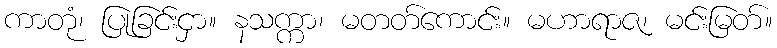
ကာတုံ၊ ပြုခြင်းငှာ။ နသက္ကာ၊ မတတ်ကောင်း။ မဟာရာဇ၊ မင်းမြတ်။